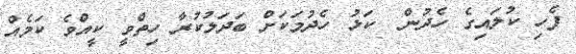
ފެހި ކުލައިގެ ހެދުން  ކަޅު ހެދުމަކަށް ބަދަލުކުރާ ހިތްވީ ކީއްވެ ކަމެއް